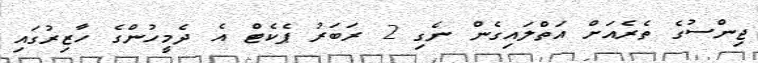
ޖިންސުގެ ތެރެއަށް އަތްލައިގެން ނެގި 2 ރަބަރު ޕެކެޓް އެ ދެމީހުންގެ ހާޒިރުގައި